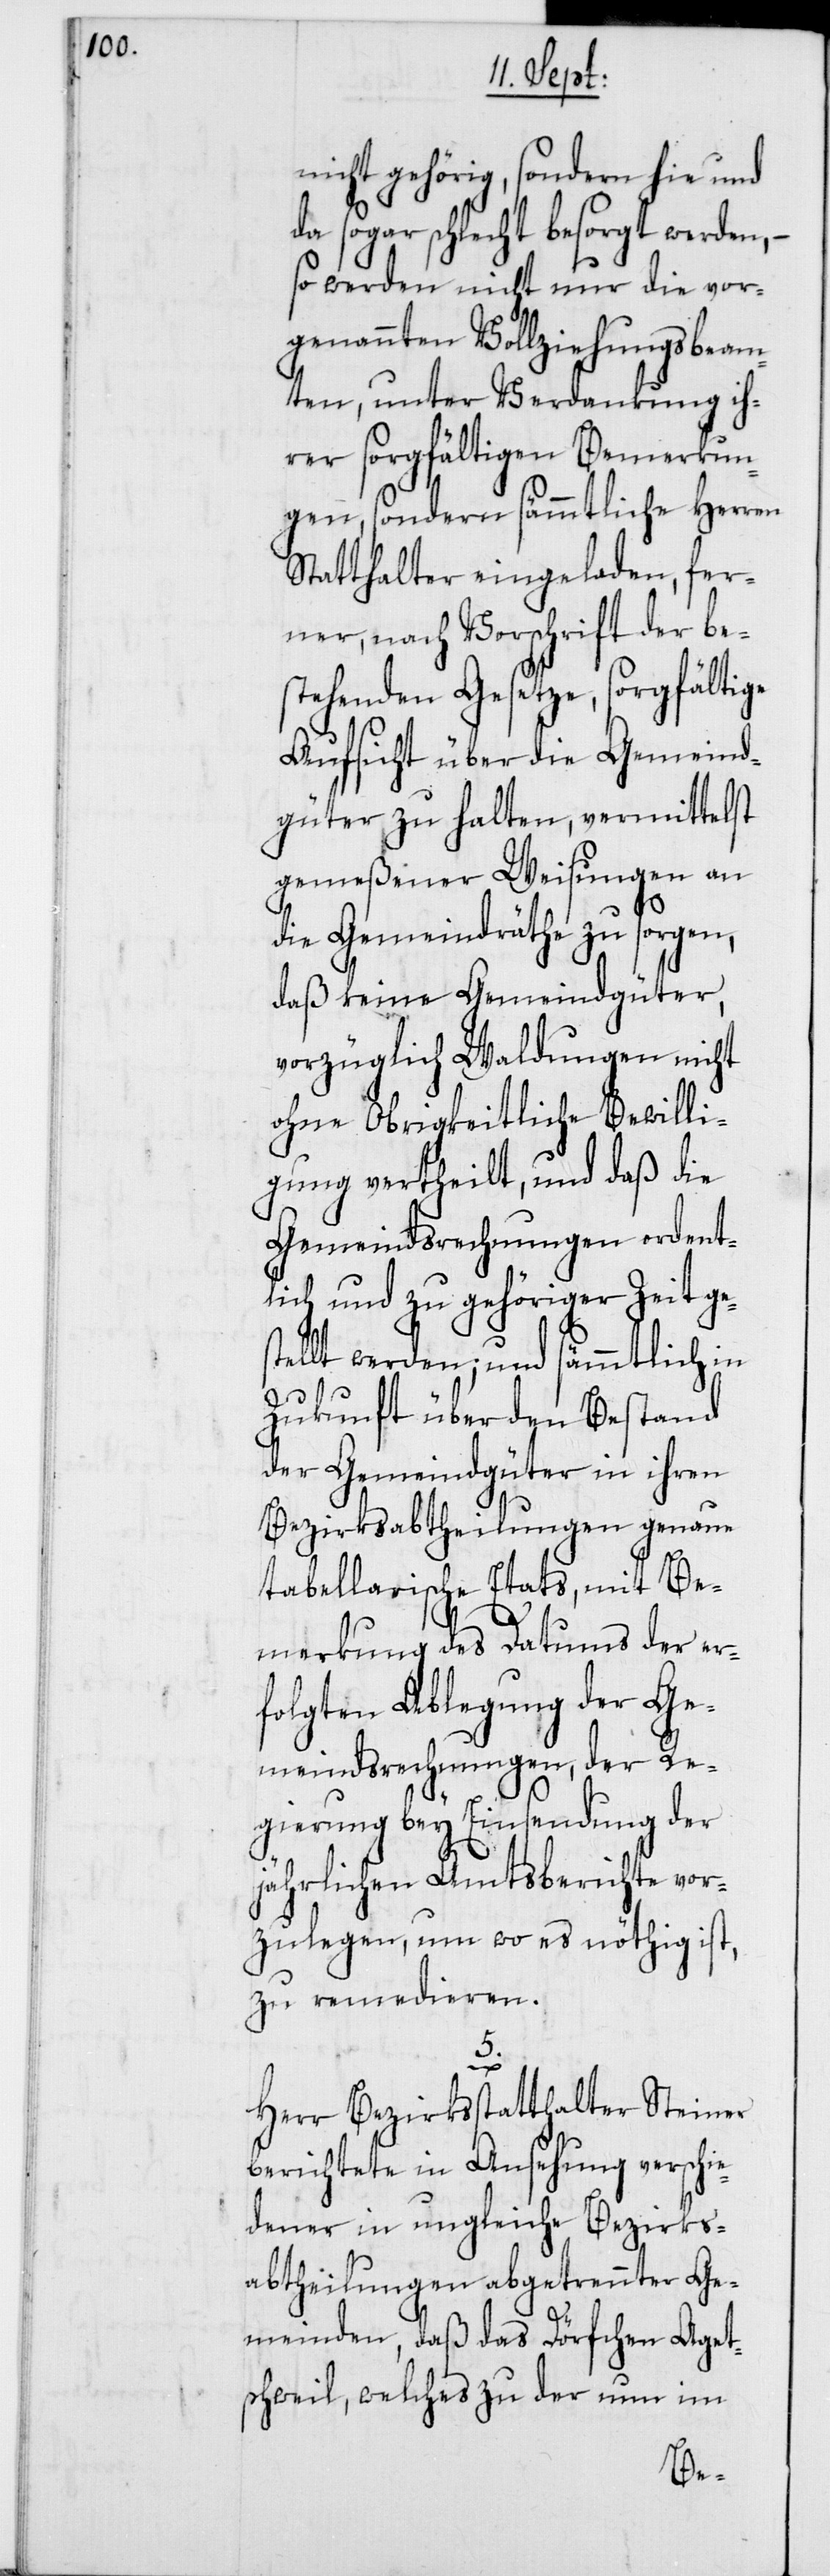
nicht gehörig, sondern hie und
da sogar schlecht besorgt werden,
so werden nicht nur die vor¬
genannten Vollziehungsbeam¬
ten, unter Verdankung ih¬
rer sorgfältigen Bemerkun¬
gen, sondern sämmtliche Herren
Statthalter eingeladen, fer¬
ner, nach Vorschrift der be¬
stehenden Gesetze, sorgfältige
Aufsicht über die Gemeind¬
güter zu halten, vermittelst
gemeßener Weisungen an
die Gemeindräthe zu sorgen,
daß keine Gemeindgüter,
vorzüglich Waldungen nicht
ohne Obrigkeitliche Bewilli¬
gung vertheilt, und daß die
Gemeindsrechnungen ordent¬
lich und zu gehöriger Zeit ge¬
ellt werden; und sämmtlich in
Zukunft über den Bestand
der Gemeindgüter in ihren
Bezirksabtheilungen genaue
tabellarische Etats, mit Be¬
merkung des Datums der er¬
folgten Ablegung der Ge¬
meindsrechnungen, der Re¬
gierung bey Einsendung der
jährlichen Amtsberichte vor¬
zulegen, um wo es nöthig ist,
zu remedieren.
5.
Herr Bezirksstatthalter Steiner
berichtete in Ansehung verschie¬
dener in ungleiche Bezirks¬
abtheilungen abgetrennter Ge¬
meinden, daß das Dörfchen Aget¬
schweil, welches zu der nun im